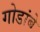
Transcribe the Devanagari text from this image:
गोडांबे